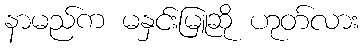
နာမည်က မနှင်းမြူဆို ဟုတ်လား